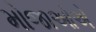
મોજાઓએ